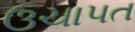
ઉચાપત